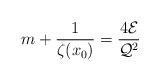
LaTeX: \begin{align*}m+\frac{1}{\zeta(x_0)}=\frac{4{\cal E}}{{\cal Q}^2}\end{align*}